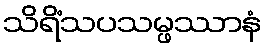
သိရိံသပသမ္ဖဿာနံ